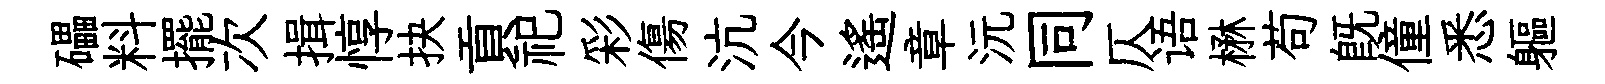
礧料擺次揖惇抉貢祀彩傷沆今遥章沅同仄语楙苟既僮悉軀